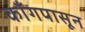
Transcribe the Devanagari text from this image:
काँगपासून